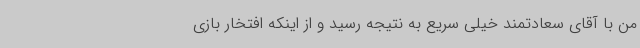
من با آقای سعادتمند خیلی سریع به نتیجه رسید و از اینکه افتخار بازی